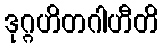
ဒုဂ္ဂဟိတဂါဟီတိ